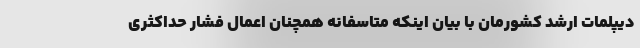
دیپلمات ارشد کشورمان با بیان اینکه متاسفانه همچنان اعمال فشار حداکثری